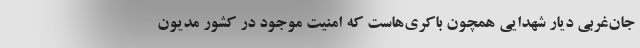
جان‌غربی دیار شهدایی همچون باکری‌هاست که امنیت موجود در کشور مدیون